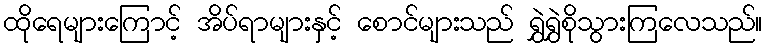
ထိုရေများကြောင့် အိပ်ရာများနှင့် စောင်များသည် ရွှဲရွှဲစိုသွားကြလေသည်။